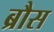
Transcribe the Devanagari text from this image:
ब्रौस